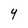
Character: Y